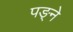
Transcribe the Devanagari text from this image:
पङ्ने